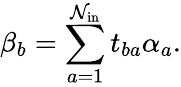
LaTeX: \beta_{b}=\sum_{a=1}^{\mathcal{N}_{\mathrm{{in}}}}t_{ba}\alpha_{a}.